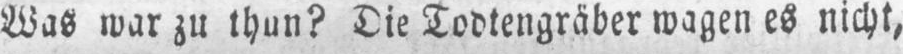
Was war zu thun? Die Todtengräber wagen es nicht,